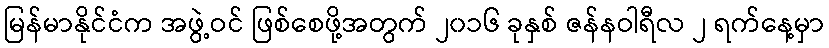
မြန်မာနိုင်ငံက အဖွဲ့ဝင် ဖြစ်စေဖို့အတွက် ၂၀၁၆ ခုနှစ် ဇန်နဝါရီလ ၂ ရက်နေ့မှာ